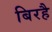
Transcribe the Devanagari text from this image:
बिरहै